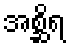
အစ္ဆိရ